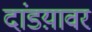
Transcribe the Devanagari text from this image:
दांडय़ावर